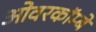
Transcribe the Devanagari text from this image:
ओवरकॉम्बे